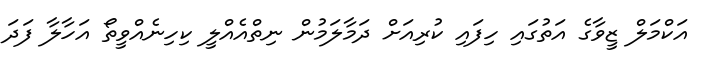
އަކްމަލް ޒީވާގެ އަތުގައި ހިފައި ކުރިއަށް ދަމާލަމުން ނިތްއެއްލީ ކިހިނެއްވީތޯ އަހާލާ ފަދަ